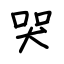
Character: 哭